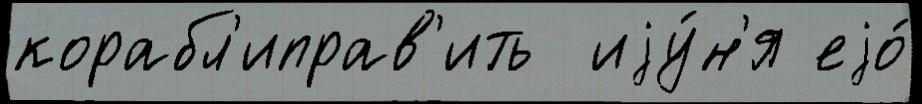
корабл'иправ'ить  иjу́н'я еjо́